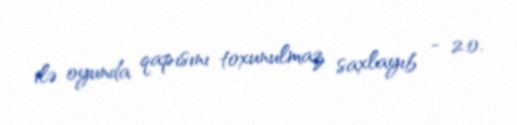
ilə oyunda qapısını toxunulmaz saxlayıb - 2:0.